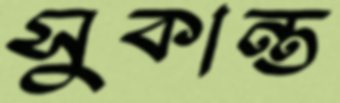
সুকান্ত